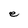
Character: e